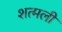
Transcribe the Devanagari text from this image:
शत्मली